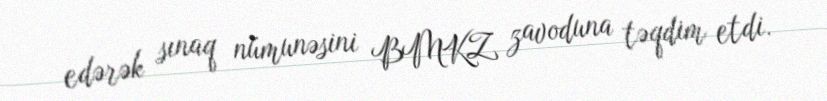
edərək sınaq nümunəsini BMKZ zavoduna təqdim etdi.